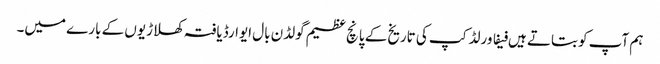
ہم آپ کو بتاتے ہیں فیفا ورلڈ کپ کی تاریخ کے پانچ عظیم گولڈن بال ایوارڈیافتہ کھلاڑیوں کے بارے میں۔